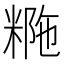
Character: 𥺡